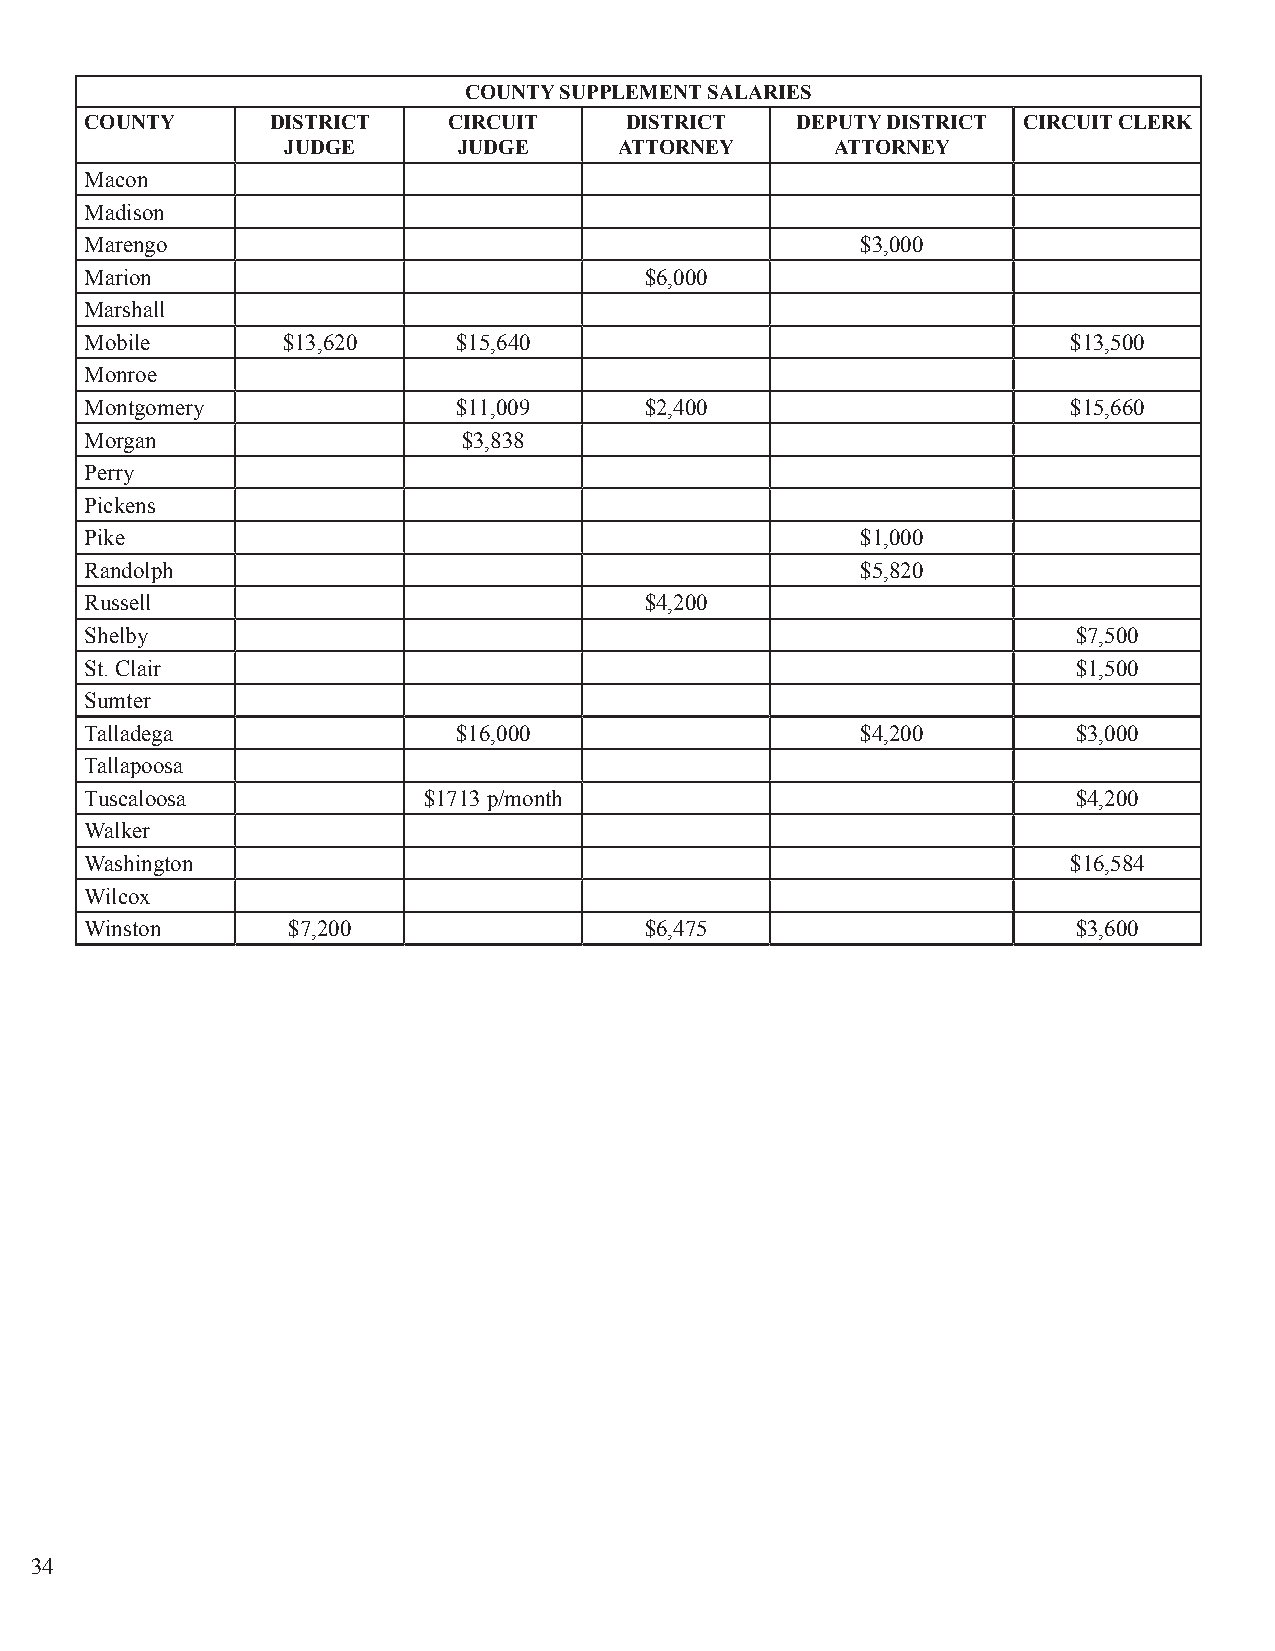
COUNTY SUPPLEMENT SALARIES
 COUNTY      DISTRICT    CIRCUIT    DISTRICT    DEPUTY DISTRICT CIRCUIT CLERK
 JUDGE      JUDGE      ATTORNEY      ATTORNEY
 Macon
 Madison
 Marengo                                            $3,000
 Marion                               $6,000
 Marshall
 Mobile       $13,620    $15,640                                  $13,500
 Monroe
 Montgomery              $11,009      $2,400                      $15,660
 Morgan                   $3,838
 Perry
 Pickens
 Pike                                               $1,000
 Randolph                                           $5,820
 Russell                              $4,200
 Shelby                                                           $7,500
 St. Clair                                                        $1,500
 Sumter
 Talladega               $16,000                    $4,200        $3,000
 Tallapoosa
 Tuscaloosa            $1713 p/month                              $4,200
 Walker
 Washington                                                       $16,584
 Wilcox
 Winston      $7,200                  $6,475                      $3,600
 34